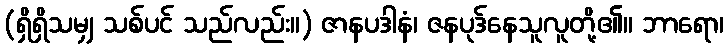
(ရှိရှိသမျှ သစ်ပင် သည်လည်း။) ဇာနပဒါနံ၊ ဇနပုဒ်နေသူလူတို့၏။ ဘာရော၊